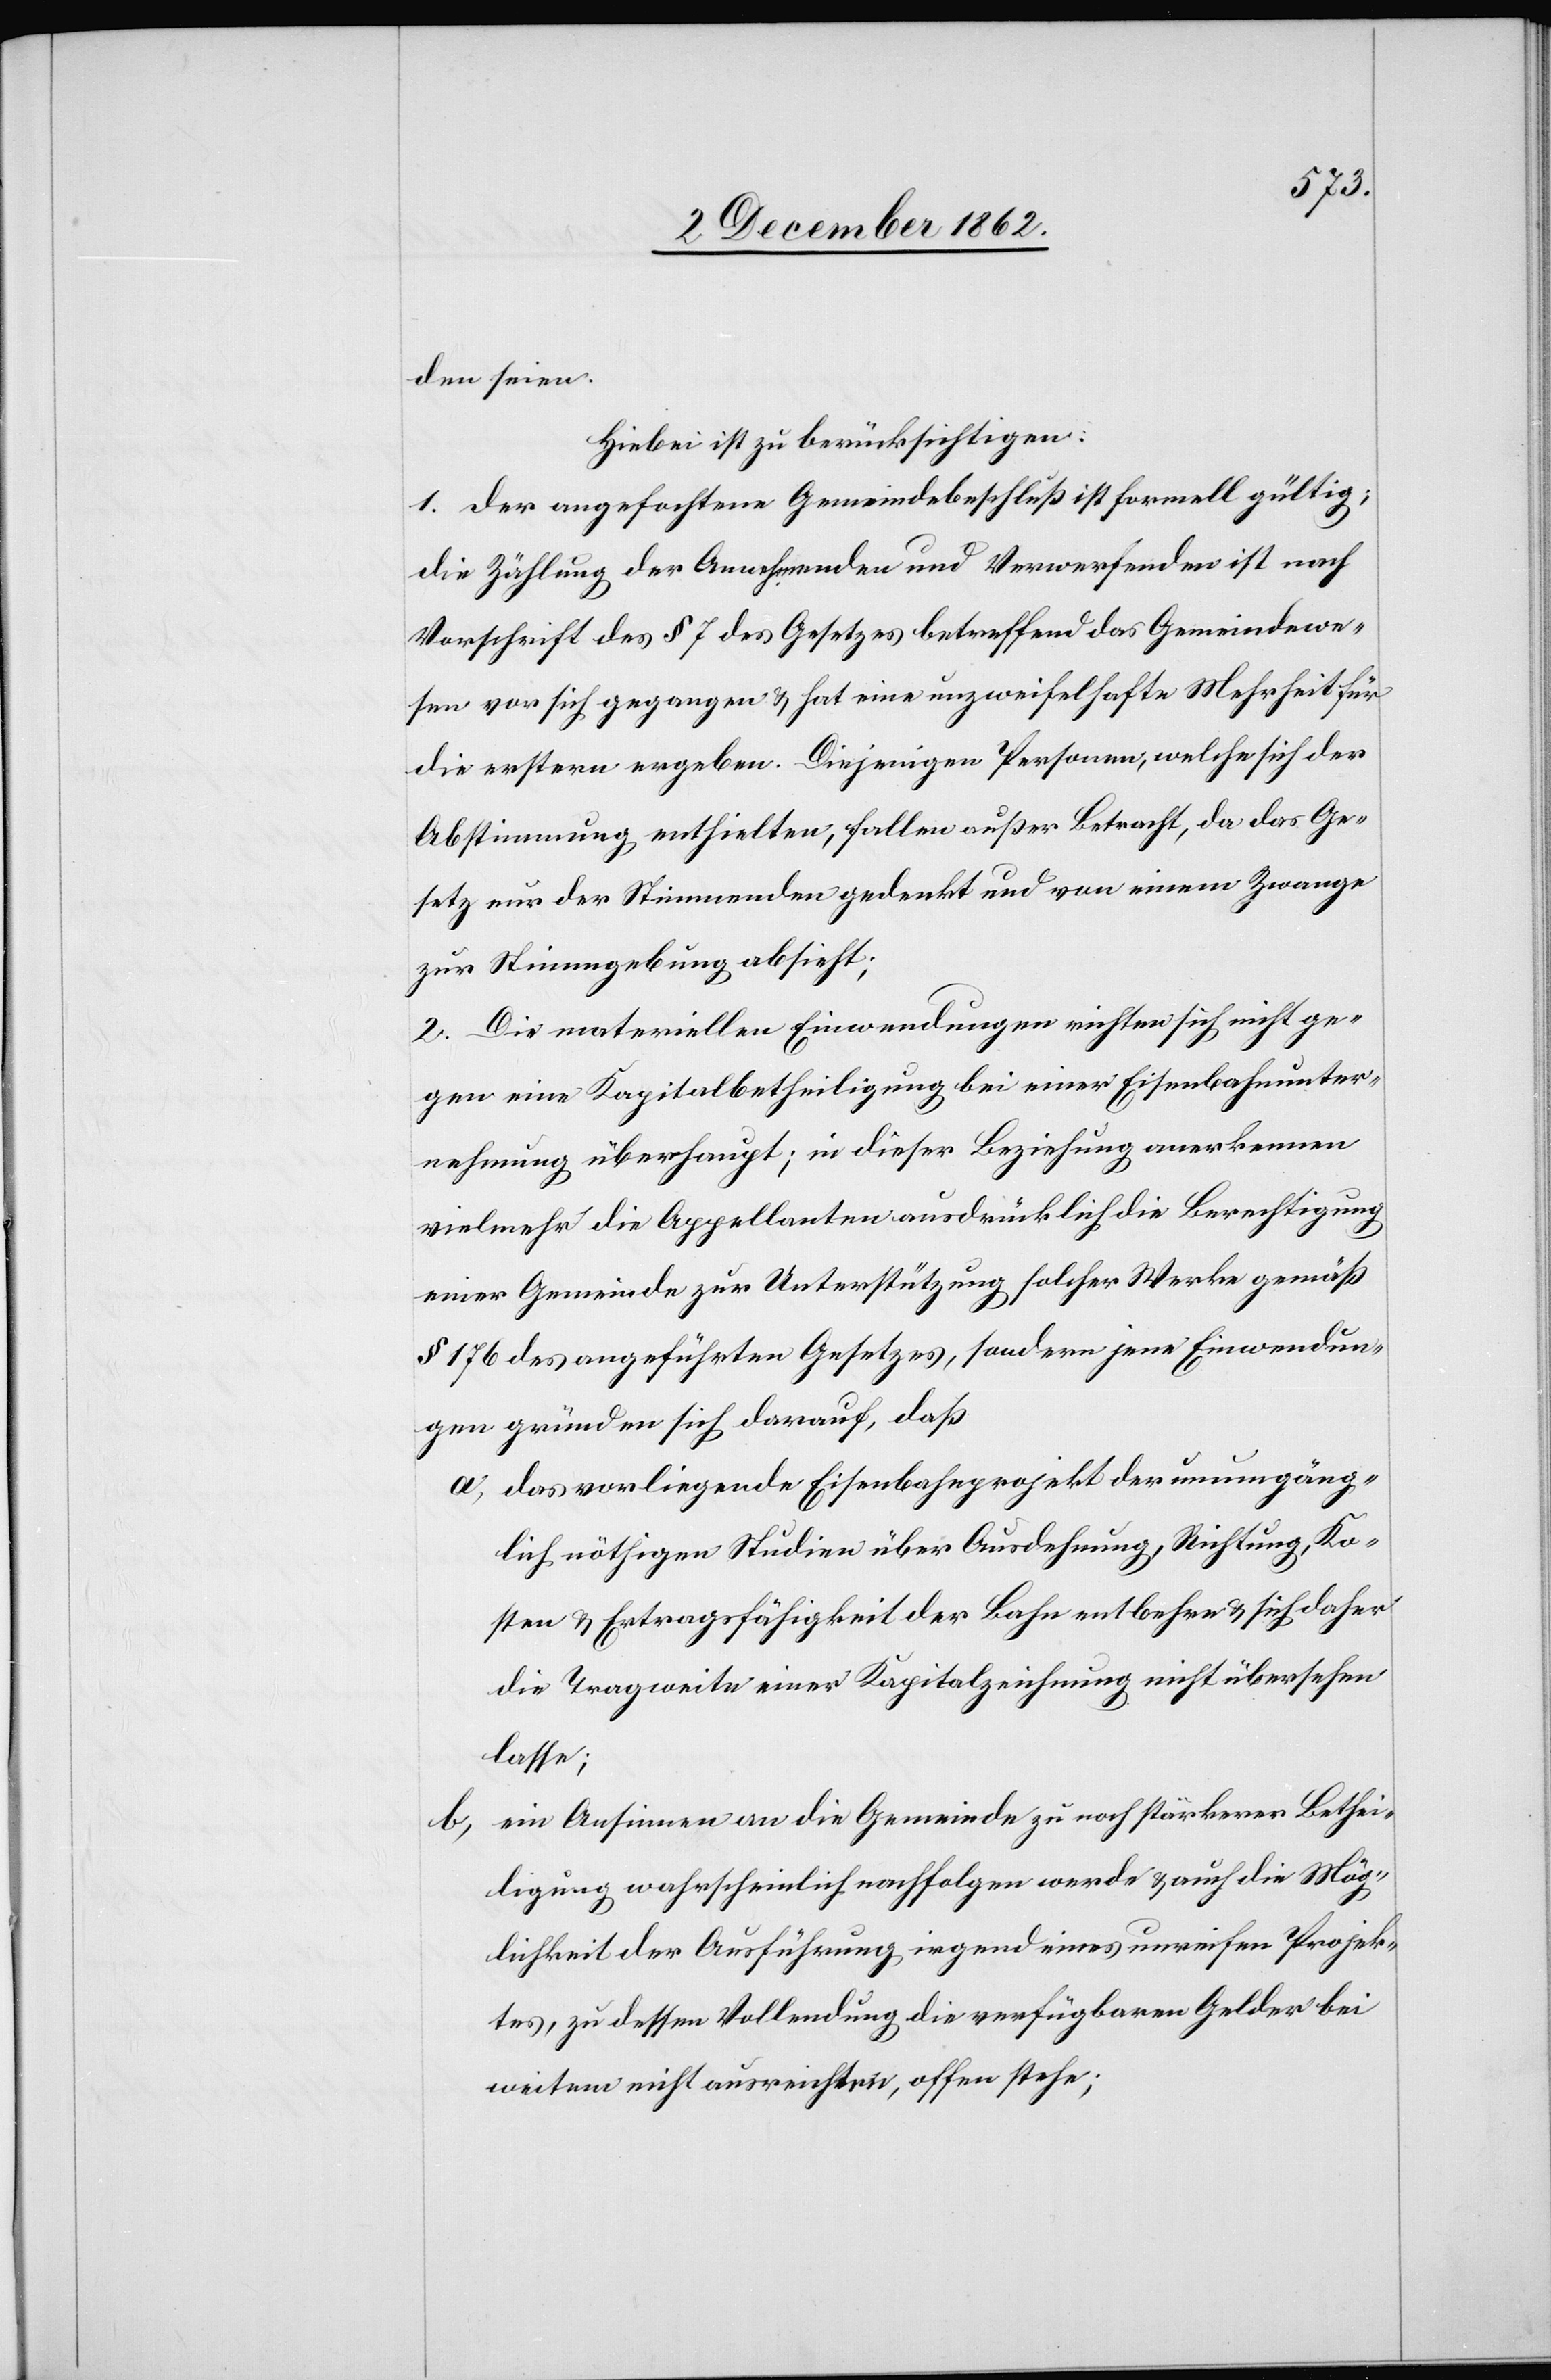
den seien.
Hiebei ist zu berücksichtigen:
1. Der angefochtene Gemeindebeschluß ist formell gültig;
die Zählung der Annehmenden und Verwerfenden ist nach
Vorschrift des § 7 des Gesetzes betreffend das Gemeindewe¬
sen vor sich gegangen u. hat eine unzweifelhafte Mehrheit für
die erstere ergeben. Diejenigen Personen, welche sich der
Abstimmung enthielten, fallen außer Betracht, da das Ge¬
setz nur der Stimmenden gedenkt und von einem Zwange
zur Stimmgebung absieht;
2. Die materiellen Einwendungen richten sich nicht ge¬
gen eine Kapitalbetheiligung bei einer Eisenbahnunter¬
nehmung überhaupt; in dieser Beziehung anerkennen
vielmehr die Appellanten ausdrücklich die Berechtigung
einer Gemeinde zur Unterstützung solcher Werke gemäß
§ 176 des angeführten Gesetzes, sondern jene Einwendun¬
gen gründen sich darauf, daß
a. das vorliegende Eisenbahnprojekt der unumgäng¬
lich nöthigen Studien über Ausdehnung, Richtung, Ko¬
sten u. Ertragsfähigkeit der Bahn entbehre u. sich daher
die Tragweite einer Kapitalzeichnung nicht übersehen
lasse;
b. ein Ansinnen an die Gemeinde zu noch stärkerer Bethei¬
ligung wahrscheinlich nachfolgen werde u. auch die Mög¬
lichkeit der Ausführung irgend eines unreifen Projek¬
tes, zu dessen Vollendung die verfügbaren Gelder bei
weitem nicht ausreichten, offen stehe;